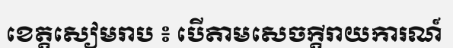
ខេត្តសៀមរាប ៖ បើតាមសេចក្តីរាយការណ៍